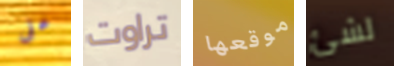
على تراوت موقعها لشئ